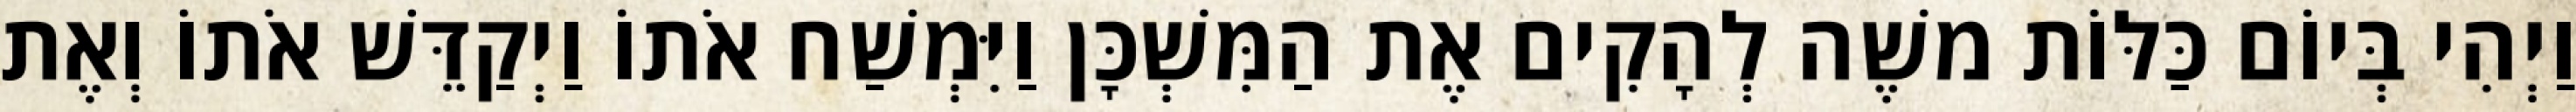
וַיְהִי בְּיוֹם כַּלּוֹת משֶׁה לְהָקִים אֶת הַמִּשְׁכָּן וַיִּמְשַׁח אֹתוֹ וַיְקַדֵּשׁ אֹתוֹ וְאֶת